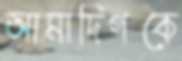
আমাদিগকে